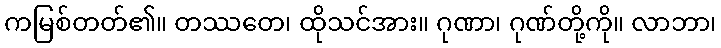
ကမြစ်တတ်၏။ တဿတေ၊ ထိုသင်အား။ ဂုဏာ၊ ဂုဏ်တို့ကို။ လာဘာ၊